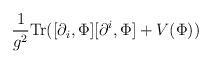
LaTeX: \begin{align*}\frac{1}{g^{2}}{\rm Tr}( [\partial_{i}, \Phi][\partial^{i}, \Phi] + V(\Phi ) )\end{align*}